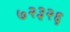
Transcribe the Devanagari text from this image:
७२३२६